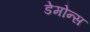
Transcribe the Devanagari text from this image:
डेमोन्स